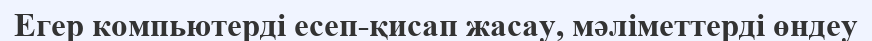
Егер компьютерді есеп-қисап жасау, мәліметтерді өндеу